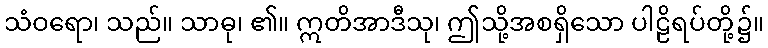
သံဝရော၊ သည်။ သာဓု၊ ၏။ ဣတိအာဒီသု၊ ဤသို့အစရှိသော ပါဠိရပ်တို့၌။